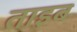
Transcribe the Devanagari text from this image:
ताइब